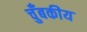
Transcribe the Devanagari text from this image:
चुँबकीय